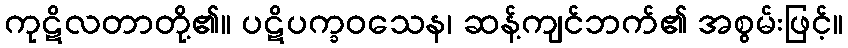
ကုဋိလတာတို့၏။ ပဋိပက္ခဝသေန၊ ဆန့်ကျင်ဘက်၏ အစွမ်းဖြင့်။